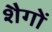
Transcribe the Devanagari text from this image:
शैगों